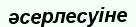
әсерлесуіне